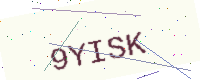
Text: 9YISK